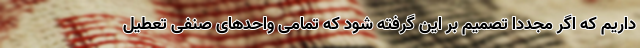
داریم که اگر مجدداً تصمیم بر این گرفته شود که تمامی واحدهای صنفی تعطیل